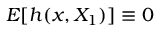
E [ h ( x , X _ { 1 } ) ] \equiv 0